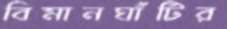
বিমানঘাঁটির